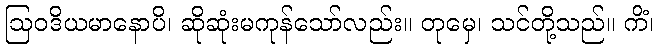
ဩဝဒိယမာနောပိ၊ ဆိုဆုံးမကုန်သော်လည်း။ တုမှေ၊ သင်တို့သည်။ ကိံ၊